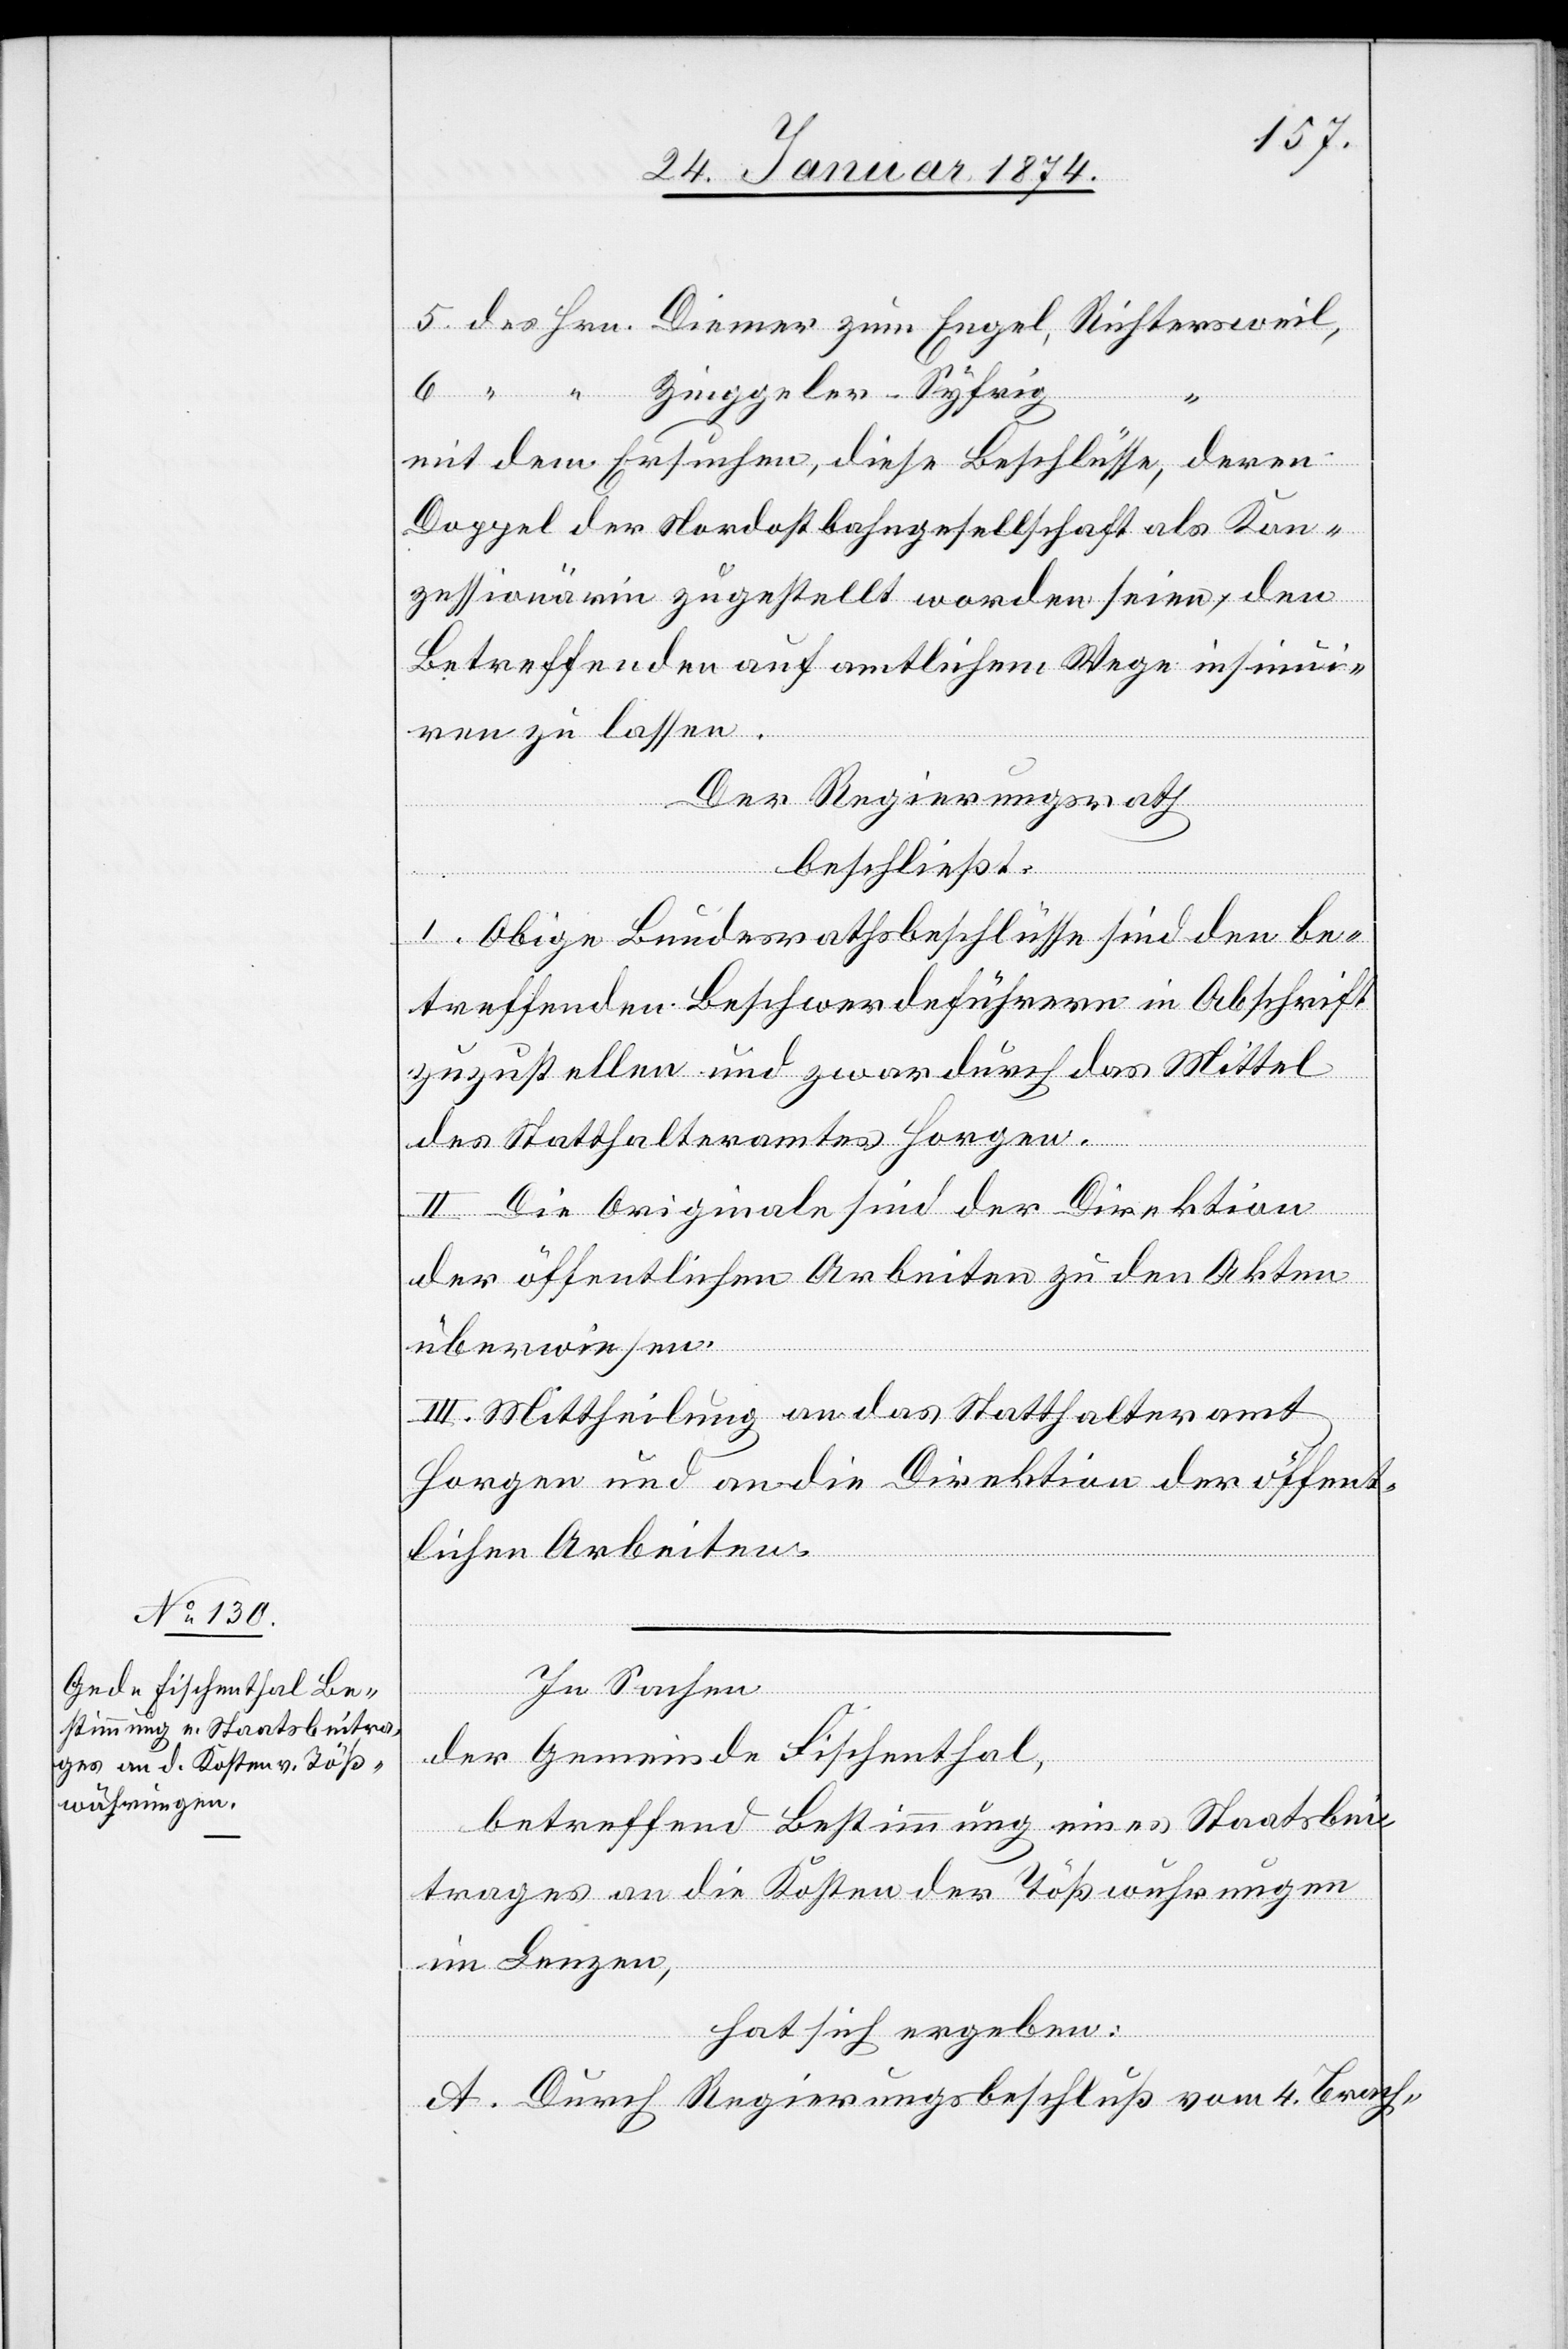
5. des Hrn. Diener zum Engel, Richtersweil,
6. “ “ Zinggeler-Syfrig
“
mit dem Ersuchen, diese Beschlüsse, deren
Doppel der Nordostbahngesellschaft als Kon¬
zessionärin zugestellt worden seien, den
Betreffenden auf amtlichem Wege insinui¬
ren zu lassen.
Der Regierungsrath
beschließt:
I. Obige Bundesrathsbeschlüsse sind den be¬
treffenden Beschwerdeführern in Abschrift
zuzustellen und zwar durch das Mittel
des Statthalteramtes Horgen.
II. Die Originale sind der Direktion
der öffentlichen Arbeiten zu den Akten
überwiesen.
III. Mittheilung an das Statthalteramt
Horgen und an die Direktion der öffent¬
lichen Arbeiten.
In Sachen
der Gemeinde Fischentahl,
betreffend Bestimmung eines Staatsbei¬
trages an die Kosten der Tößwuhrungen
im Lenzen,
hat sich ergeben:
A. Durch Regierungsbeschluß vom 4. Brach-